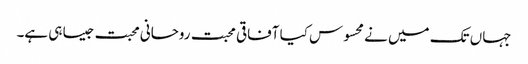
جہاں تک میں نے محسوس کیا آفاقی محبت روحانی محبت جیسا ہی ہے۔